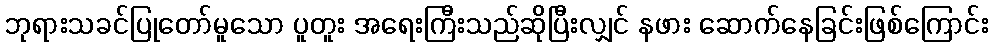
ဘုရားသခင်ပြုတော်မူသော ပူတူး အရေးကြီးသည်ဆိုပြီးလျှင် နဖား ဆောက်နေခြင်းဖြစ်ကြောင်း